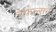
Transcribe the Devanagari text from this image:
रेफल्सन